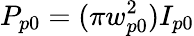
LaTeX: P_{p0}=(\pi w_{p0}^{2})I_{p0}